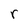
Character: r